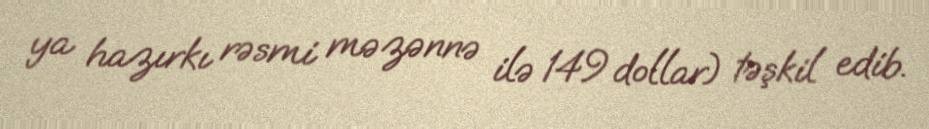
ya hazırkı rəsmi məzənnə ilə 149 dollar) təşkil edib.